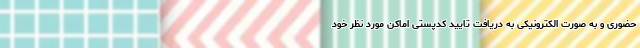
حضوری و به صورت الکترونیکی به دریافت تایید کدپستی اماکن مورد نظر خود